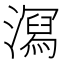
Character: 㵼